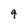
Character: 9